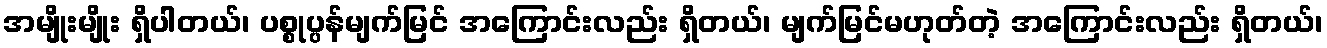
အမျိုးမျိုး ရှိပါတယ်၊ ပစ္စုပ္ပန်မျက်မြင် အကြောင်းလည်း ရှိတယ်၊ မျက်မြင်မဟုတ်တဲ့ အကြောင်းလည်း ရှိတယ်၊